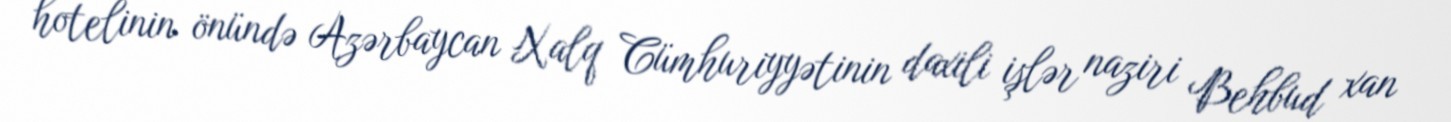
hotelinin önündə Azərbaycan Xalq Cümhuriyyətinin daxili işlər naziri Behbud xan